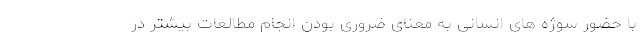
با حضور سوژه های انسانی به معنای ضروری بودن انجام مطالعات بیشتر در